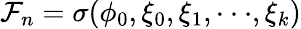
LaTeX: \mathcal{F}_{n}=\sigma(\phi_{0},\xi_{0},\xi_{1},···,\xi_{k})